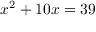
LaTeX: x ^ { 2 } + 1 0 x = 3 9